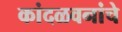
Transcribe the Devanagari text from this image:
कांदळवनांचे